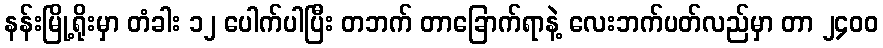
နန်းမြို့ရိုးမှာ တံခါး ၁၂ ပေါက်ပါပြီး တဘက် တာခြောက်ရာနဲ့ လေးဘက်ပတ်လည်မှာ တာ ၂၄၀၀